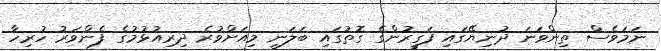
ނަމަވެސް ތިންވަނަ ދުނިޔޭގައި ފަގީރުންގެ ގޮތުގައި ބަލަނީ މިއަށްވުރެ ދިރިއުޅުމުގެ ފެންވަރު ހުރިހާ